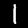
Digit: 1